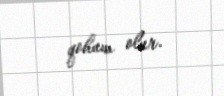
qohum olur.